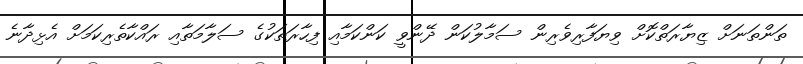
ތަންތަނަށް ޒިޔާރަތްކޮށް ވިޔަފާރިވެރިން ސަމާލުކަން ދޭންވީ ކަންކަމާއި ފިހާރަތަކުގެ ސަލާމަތާއި ރައްކާތެރިކަމަށް އެޅިދާނެ